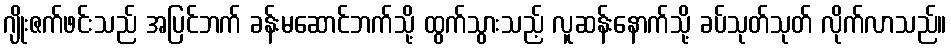
ဂျိုးဇက်ဖင်းသည် အပြင်ဘက် ခန်းမဆောင်ဘက်သို့ ထွက်သွားသည့် လူဆန်းနောက်သို့ ခပ်သုတ်သုတ် လိုက်လာသည်။